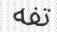
تفه